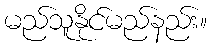
မည်သူနိုင်မည်နည်း။